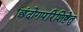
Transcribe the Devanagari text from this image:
छंदोगपरिशिष्टेतु